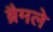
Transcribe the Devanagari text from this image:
ब्रैमले